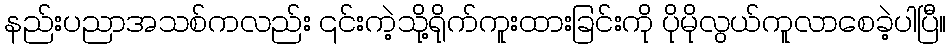
နည်းပညာအသစ်ကလည်း ၎င်းကဲ့သို့ရိုက်ကူးထားခြင်းကို ပိုမိုလွယ်ကူလာစေခဲ့ပါပြီ။